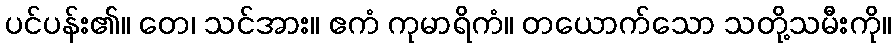
ပင်ပန်း၏။ တေ၊ သင်အား။ ဧကံ ကုမာရိကံ။ တယောက်သော သတို့သမီးကို။